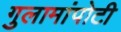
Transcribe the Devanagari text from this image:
गुलामांपोटी